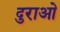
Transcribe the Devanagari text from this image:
दुराओ